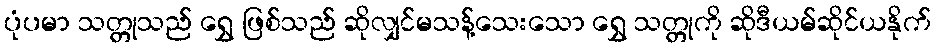
ပုံပမာ သတ္တုသည် ရွှေ ဖြစ်သည် ဆိုလျှင်မသန့်သေးသော ရွှေ သတ္တုကို ဆိုဒီယမ်ဆိုင်ယနိုက်